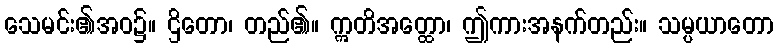
သေမင်း၏အဝ၌။ ဌိတော၊ တည်၏။ ဣတိအတ္ထော၊ ဤကားအနက်တည်း။ သမ္ပယာတော